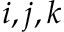
i , j , k